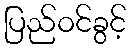
ပြည်ဝင်ခွင့်